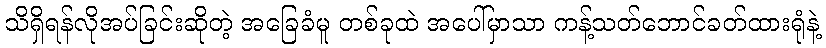
သိရှိရန်လိုအပ်ခြင်းဆိုတဲ့ အခြေခံမူ တစ်ခုထဲ အပေါ်မှာသာ ကန့်သတ်ဘောင်ခတ်ထားရုံနဲ့